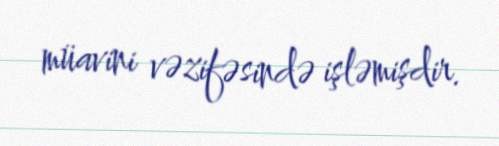
müavini vəzifəsində işləmişdir.